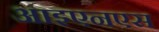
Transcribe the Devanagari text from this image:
आइएनएस